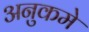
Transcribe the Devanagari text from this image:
अनुकमे